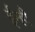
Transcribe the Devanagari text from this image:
ईन्ही